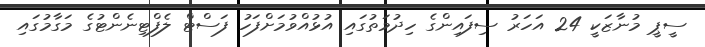
ސީޕީ މުނާޒަކީ 24 އަހަރު ސިފައިންގެ ހިދުމަތުގައި އުޅުއްވުމަށްފަހު ފަސްޓް ލެފްޓިނެންޓުގެ މަގާމުގައި